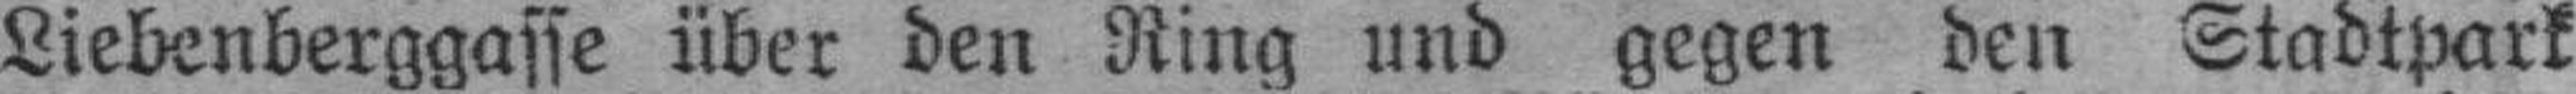
Liebenberggasse über den Ring und gegen den Stadtpark